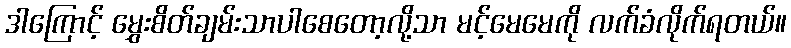
ဒါကြောင့် မွှေးစိတ်ချမ်းသာပါစေတော့လို့သာ မင့်မေမေကို လက်ခံလိုက်ရတယ်။